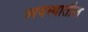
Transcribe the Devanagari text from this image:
व्यवस्थातील